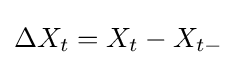
\Delta X_{t}=X_{t}-X_{t-}